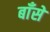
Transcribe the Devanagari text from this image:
बाँसे